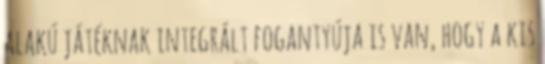
alakú játéknak integrált fogantyúja is van, hogy a kis